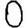
Digit: 0